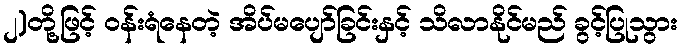
၂)တို့ဖြင့် ဝန်းရံနေတဲ့ အိပ်မပျော်ခြင်းနှင့် သိလာနိုင်မည် ခွင့်ပြုသွား